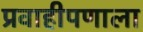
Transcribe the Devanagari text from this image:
प्रवाहीपणाला